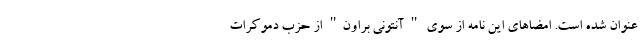
عنوان شده است. امضاهای این نامه از سوی " آنتونی براون" از حزب دموکرات